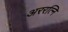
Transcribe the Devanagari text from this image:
अररत्नि